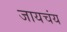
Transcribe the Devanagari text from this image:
जायचंय